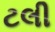
ટલી